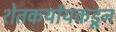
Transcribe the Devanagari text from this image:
शेतकर्यांयकडून